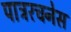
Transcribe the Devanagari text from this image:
पात्ररचनेस